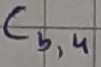
Text: Cb,4